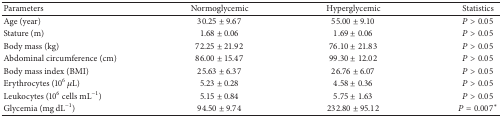
<table><thead><tr><td><b>Parameters</b></td><td><b>Normoglycemic</b></td><td><b>Hyperglycemic</b></td><td><b>Statistics</b></td></tr></thead><tbody><tr><td>Age (year)</td><td>30.25 ± 9.67</td><td>55.00 ± 9.10</td><td><i>P</i> &gt; 0.05</td></tr><tr><td>Stature (m)</td><td>1.68 ± 0.06</td><td>1.69 ± 0.06</td><td><i>P</i> &gt; 0.05</td></tr><tr><td>Body mass (kg)</td><td>72.25 ± 21.92</td><td>76.10 ± 21.83</td><td><i>P</i> &gt; 0.05</td></tr><tr><td>Abdominal circumference (cm)</td><td>86.00 ± 15.47</td><td>99.30 ± 12.02</td><td><i>P</i> &gt; 0.05</td></tr><tr><td>Body mass index (BMI)</td><td>25.63 ± 6.37</td><td>26.76 ± 6.07</td><td><i>P</i> &gt; 0.05</td></tr><tr><td>Erythrocytes (10<sup>6</sup> <i>μ</i>L)</td><td>5.23 ± 0.28</td><td>4.58 ± 0.36</td><td><i>P</i> &gt; 0.05</td></tr><tr><td>Leukocytes (10<sup>6</sup> cells mL<sup>−1</sup>)</td><td>5.15 ± 0.84</td><td>5.75 ± 1.63</td><td><i>P</i> &gt; 0.05</td></tr><tr><td>Glycemia (mg dL<sup>−1</sup>)</td><td>94.50 ± 9.74</td><td>232.80 ± 95.12</td><td><i>P</i> = 0.007*</td></tr></tbody></table>